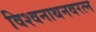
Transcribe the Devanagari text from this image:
विश्वनाथनवरत्न